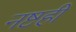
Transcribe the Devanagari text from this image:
नष्टही